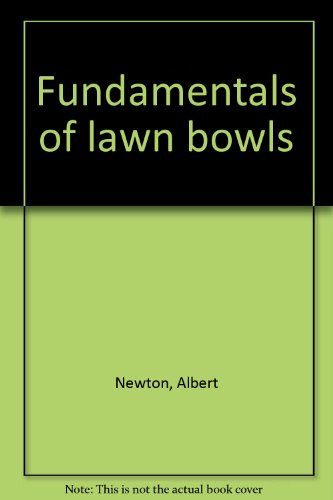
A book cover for Fundamentals of lawn bowls; Albert Newton; Sports & Outdoors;